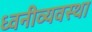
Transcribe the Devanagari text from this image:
ध्वनीव्यवस्था